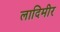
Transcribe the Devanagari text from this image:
लादिमीर